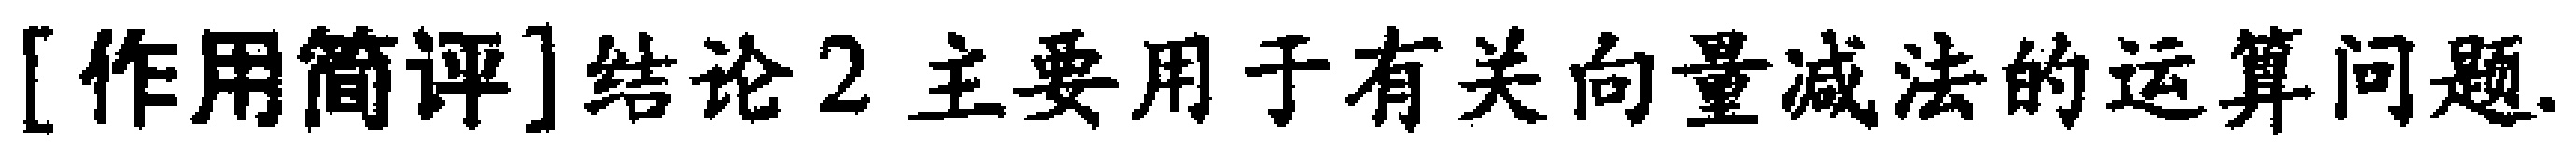
[作用简评]结论2 主要用于有关向量减法的运算问题.